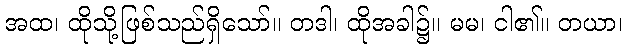
အထ၊ ထိုသို့ဖြစ်သည်ရှိသော်။ တဒါ၊ ထိုအခါ၌။ မမ၊ ငါ၏။ တယာ၊